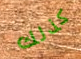
كذلك